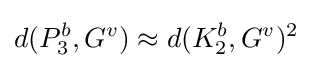
d(P_{3}^{b},G^{v})\approx d(K_{2}^{b},G^{v})^{2}